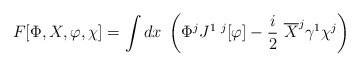
\begin{align*} F[\Phi,X ,\varphi,\chi] =\int dx\;\left(\Phi^j J^{1~j}[\varphi ]- \frac i2~\overline X^j \gamma^1 \chi^j \right)\end{align*}